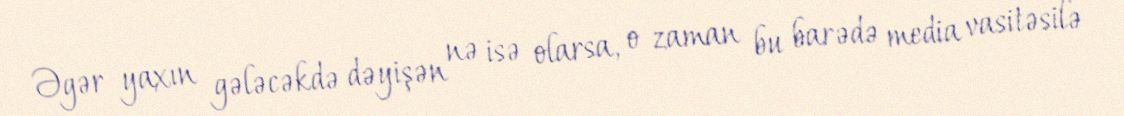
Əgər yaxın gələcəkdə dəyişən nə isə olarsa, o zaman bu barədə media vasitəsilə